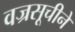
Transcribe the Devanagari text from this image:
वज्रसूचीने